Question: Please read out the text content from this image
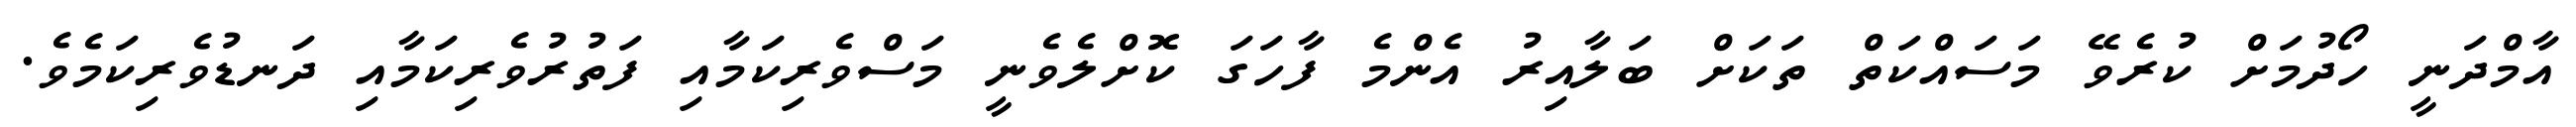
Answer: އާމްދަނީ ހޯދުމަށް ކުރެވޭ މަސައްކަތް ތަކަށް ބަލާއިރު އެންމެ ފާހަގަ ކޮށްލެވެނީ މަސްވެރިކަމާއި ފަތުރުވެރިކަމާއި ދަނޑުވެރިކަމެވެ.